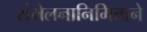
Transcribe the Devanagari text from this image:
संमेलनानिमित्ताने